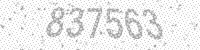
Solution: 837563